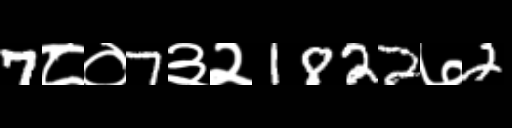
Text: 7८०7३२1822७2